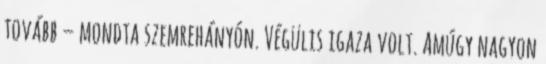
tovább – mondta szemrehányón. Végülis igaza volt. Amúgy nagyon